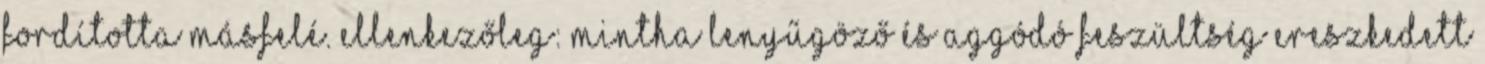
fordította másfelé. Ellenkezőleg: mintha lenyűgöző és aggódó feszültség ereszkedett